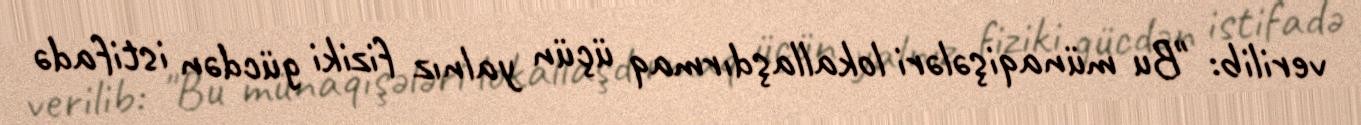
verilib: "Bu münaqişələri lokallaşdırmaq üçün yalnız fiziki gücdən istifadə